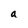
Character: a